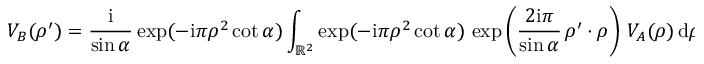
V _ { B } ( \boldsymbol \rho ^ { \prime } ) = { \frac { \mathrm { i } } { \sin \alpha } } \exp ( - \mathrm { i } \pi \rho ^ { 2 } \cot \alpha ) \int _ { { \mathbb R } ^ { 2 } } \exp ( - \mathrm { i } \pi \rho ^ { 2 } \cot \alpha ) \, \exp \left( { \frac { 2 \mathrm { i } \pi } { \sin \alpha } } \, \boldsymbol \rho ^ { \prime } \boldsymbol \cdot \boldsymbol \rho \right) \, V _ { A } ( \boldsymbol \rho ) \, \mathrm { d } \boldsymbol \rho \, ,